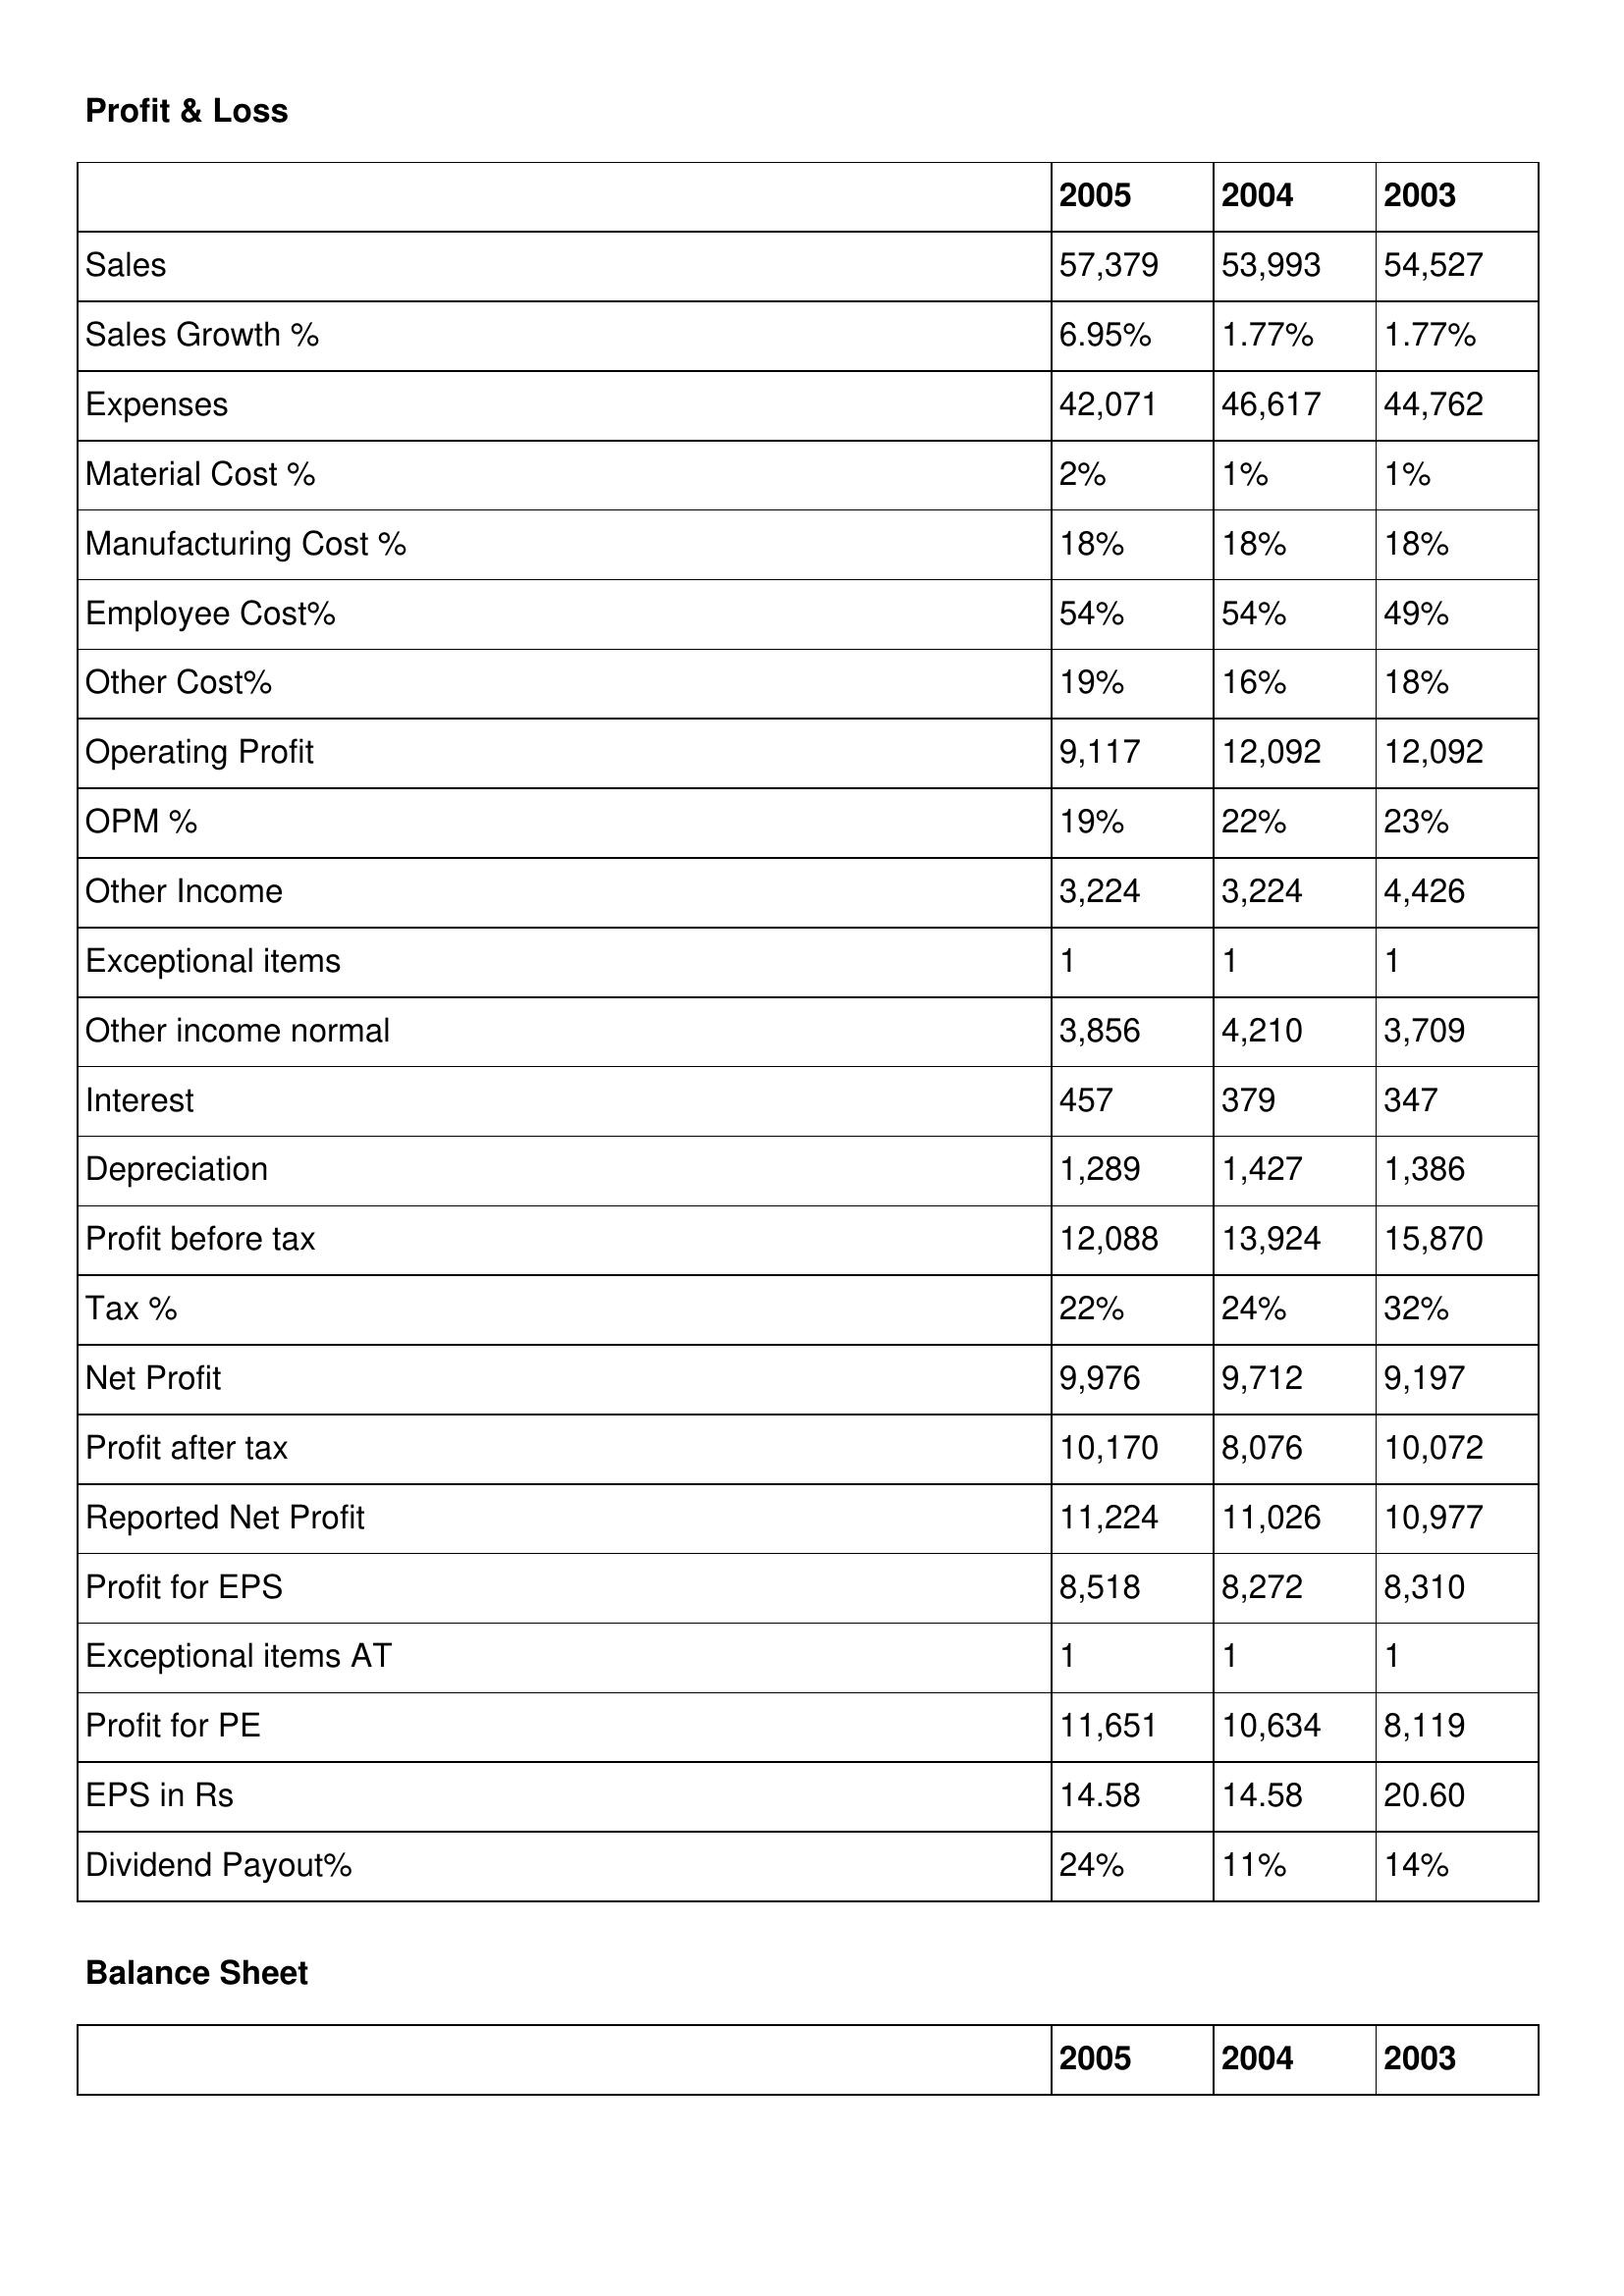
gt_parse: 2005: Profit & Loss: Sales: 57,379
Sales Growth %: 6.95%
Expenses: 42,071
Material Cost %: 2%
Manufacturing Cost %: 18%
Employee Cost%: 54%
Other Cost%: 19%
Operating Profit: 9,117
OPM %: 19%
Other Income: 3,224
Exceptional items: 1
Other income normal: 3,856
Interest: 457
Depreciation: 1,289
Profit before tax: 12,088
Tax %: 22%
Net Profit: 9,976
Profit after tax: 10,170
Reported Net Profit: 11,224
Profit for EPS: 8,518
Exceptional items AT: 1
Profit for PE: 11,651
EPS in Rs: 14.58
Dividend Payout%: 24%
2004: Profit & Loss: Sales: 53,993
Sales Growth %: 1.77%
Expenses: 46,617
Material Cost %: 1%
Manufacturing Cost %: 18%
Employee Cost%: 54%
Other Cost%: 16%
Operating Profit: 12,092
OPM %: 22%
Other Income: 3,224
Exceptional items: 1
Other income normal: 4,210
Interest: 379
Depreciation: 1,427
Profit before tax: 13,924
Tax %: 24%
Net Profit: 9,712
Profit after tax: 8,076
Reported Net Profit: 11,026
Profit for EPS: 8,272
Exceptional items AT: 1
Profit for PE: 10,634
EPS in Rs: 14.58
Dividend Payout%: 11%
2003: Profit & Loss: Sales: 54,527
Sales Growth %: 1.77%
Expenses: 44,762
Material Cost %: 1%
Manufacturing Cost %: 18%
Employee Cost%: 49%
Other Cost%: 18%
Operating Profit: 12,092
OPM %: 23%
Other Income: 4,426
Exceptional items: 1
Other income normal: 3,709
Interest: 347
Depreciation: 1,386
Profit before tax: 15,870
Tax %: 32%
Net Profit: 9,197
Profit after tax: 10,072
Reported Net Profit: 10,977
Profit for EPS: 8,310
Exceptional items AT: 1
Profit for PE: 8,119
EPS in Rs: 20.60
Dividend Payout%: 14%